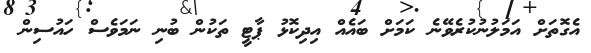
އެގޮތަށް އަމަލުނުކުރެވޭނެ ކަމަށް ބައެއް އިދިކޮޅު ޕާޓީ ތަކުން ބުނި ނަމަވެސް ހައުސިން